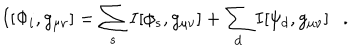
I [ \Phi _ { i } , g _ { \mu \nu } ] = \sum _ { s } I [ \phi _ { s } , g _ { \mu \nu } ] + \sum _ { d } I [ \psi _ { d } , g _ { \mu \nu } ] .